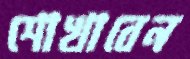
শোখাবেন